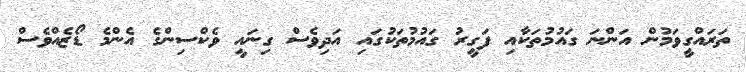
ތަރައްގީވަމުން އަންނަ ގައުމުތަކާއި ފަގީރު ގައުމުތަކުގައި އަދިވެސް ގިނައީ ވެކްސިންގެ އެންމެ ޑޯޒެއްވެސް